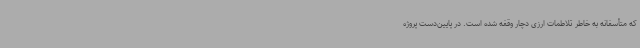
که متأسفانه به خاطر تلاطمات ارزی دچار وقفه شده است. در پایین‌دست پروژه